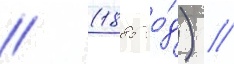
// (1885 го́д) //